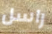
راسل